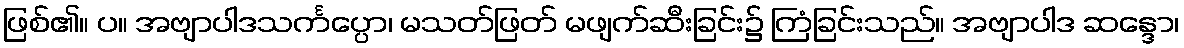
ဖြစ်၏။ ပ။ အဗျာပါဒသင်္ကပ္ပော၊ မသတ်ဖြတ် မဖျက်ဆီးခြင်း၌ ကြံခြင်းသည်။ အဗျာပါဒ ဆန္ဒော၊